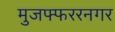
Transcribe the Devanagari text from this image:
मुजफ्फररनगर